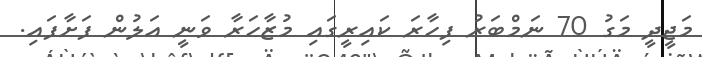
މަޖީދީ މަގު 70 ނަމްބަރު ފިހާރަ ކައިރީގައި މުޒާހަރާ ވަނީ އަލުން ފަށާފައި.